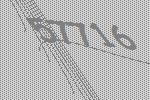
57716